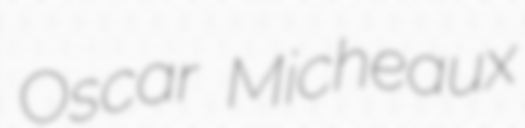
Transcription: Oscar Micheaux